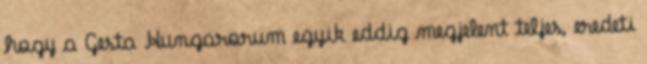
hogy a Gesta Hungarorum egyik eddig megjelent teljes, eredeti